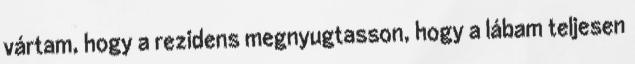
vártam, hogy a rezidens megnyugtasson, hogy a lábam teljesen